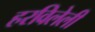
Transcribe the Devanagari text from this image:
हरविलेली